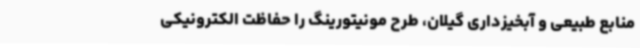
منابع طبیعی و آبخیزداری گیلان، طرح مونیتورینگ را حفاظت الکترونیکی